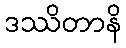
ဒဿိတာနိ